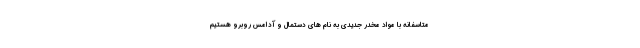
متاسفانه با مواد مخدر جدیدی به نام های دستمال و آدامس روبرو هستیم